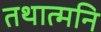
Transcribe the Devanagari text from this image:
तथात्मनि